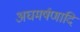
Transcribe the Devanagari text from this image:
अघमर्षणादि